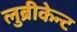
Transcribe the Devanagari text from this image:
लुब्रीकेन्ट